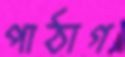
পাঠাগ